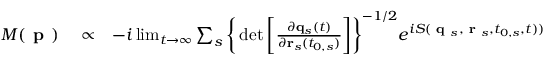
\begin{array} { r l r } { M ( \textbf { p } ) } & { { } \propto } & { - i \operatorname* { l i m } _ { t \rightarrow \infty } \sum _ { s } \bigg \{ \operatorname* { d e t } \bigg [ \frac { \partial \mathbf { q } _ { s } ( t ) } { \partial \mathbf { r } _ { s } ( t _ { 0 , s } ) } \bigg ] \bigg \} ^ { - 1 / 2 } e ^ { i S ( \textbf { q } _ { s } , \textbf { r } _ { s } , t _ { 0 , s } , t ) ) } } \end{array}